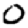
Digit: 0